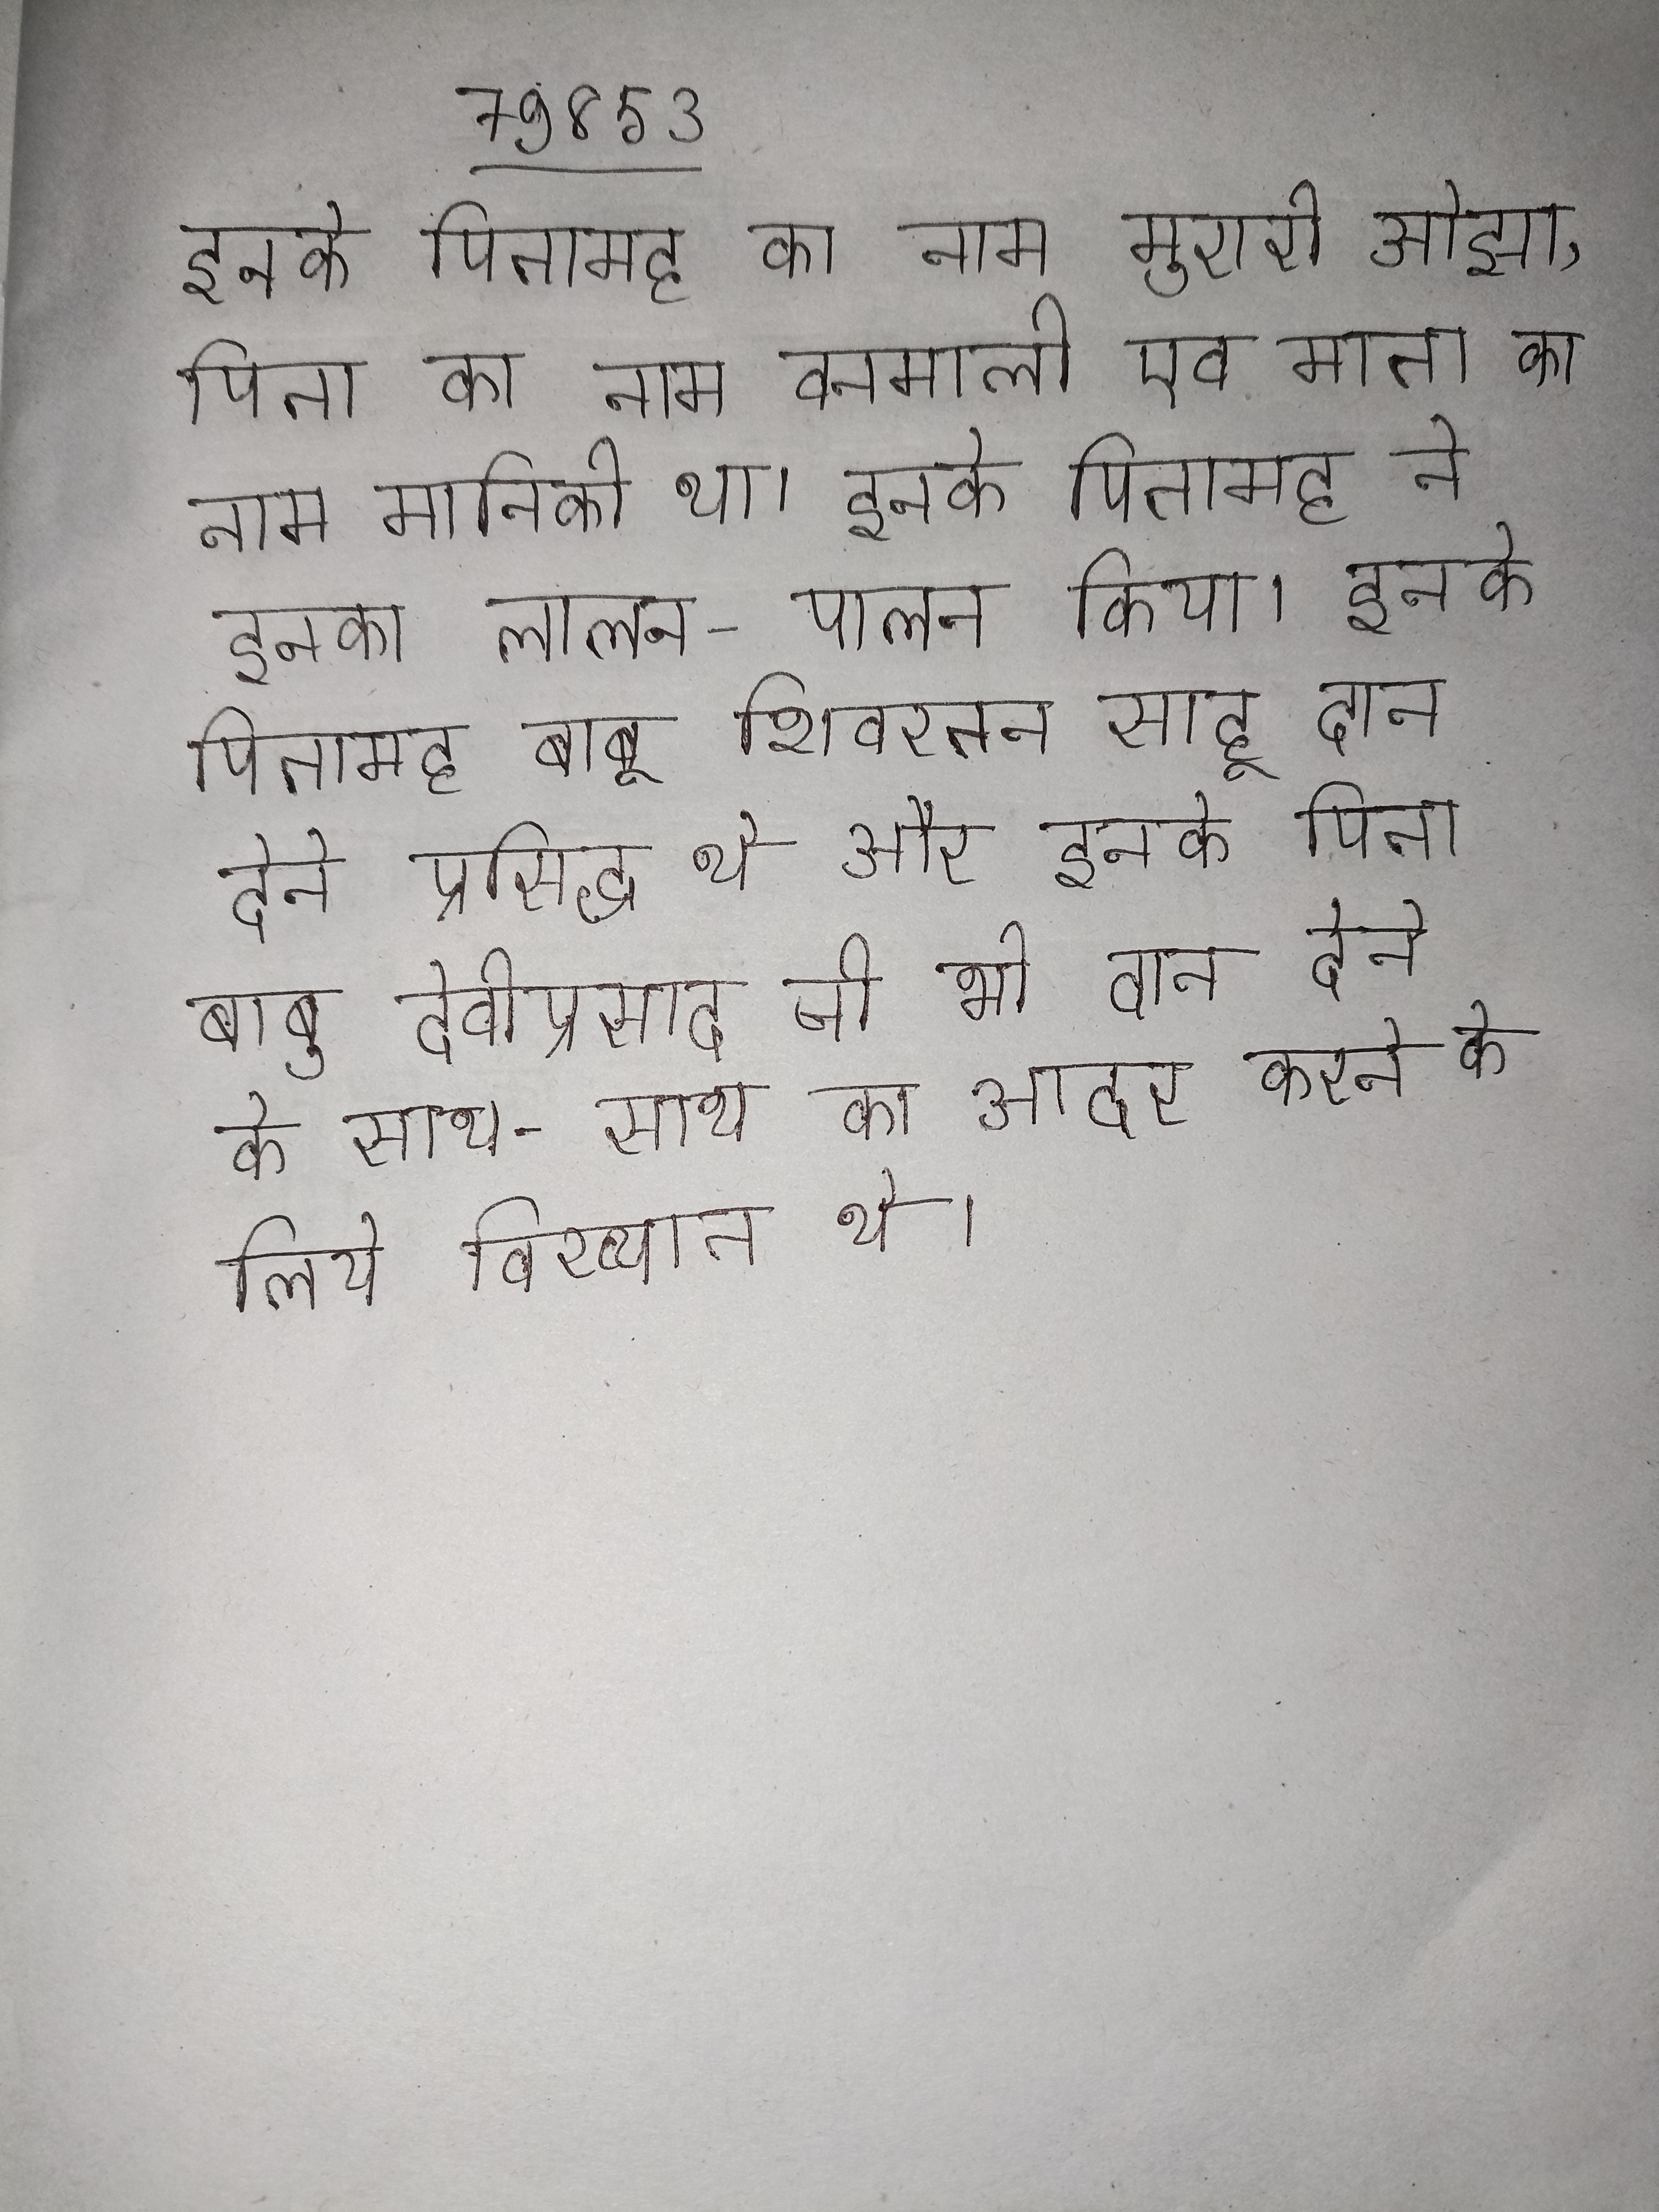
इनके पितामह का नाम मुरारी ओझा, पिता का नाम वनमाली एव माता का नाम मानिकी था । इनके पितामह ने इनका लालन-पालन किया । इनके पितामह बाबू शिवरतन साहू दान देने प्रसिद्ध थे और इनके पिता बाबू देवीप्रसाद जी भी दान देने के साथ-साथ का आदर करने के लिये विख्यात थे ।